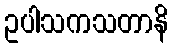
ဥပါသကသတာနိ